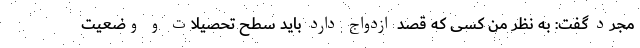
مجرد گفت: به نظر من کسی که قصد ازدواج دارد باید سطح تحصیلات و وضعیت